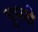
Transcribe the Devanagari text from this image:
भुमरी